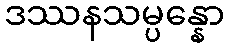
ဒဿနသမ္ပန္နော